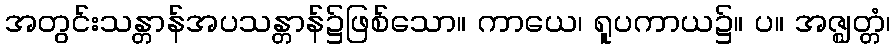
အတွင်းသန္တာန်အပသန္တာန်၌ဖြစ်သော။ ကာယေ၊ ရူပကာယ၌။ ပ။ အဇ္ဈတ္တံ၊